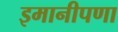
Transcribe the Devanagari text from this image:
इमानीपणा